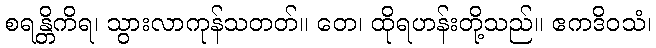
စရန္တိကိရ၊ သွားလာကုန်သတတ်။ တေ၊ ထိုရဟန်းတို့သည်။ ဧကဒိဝသံ၊